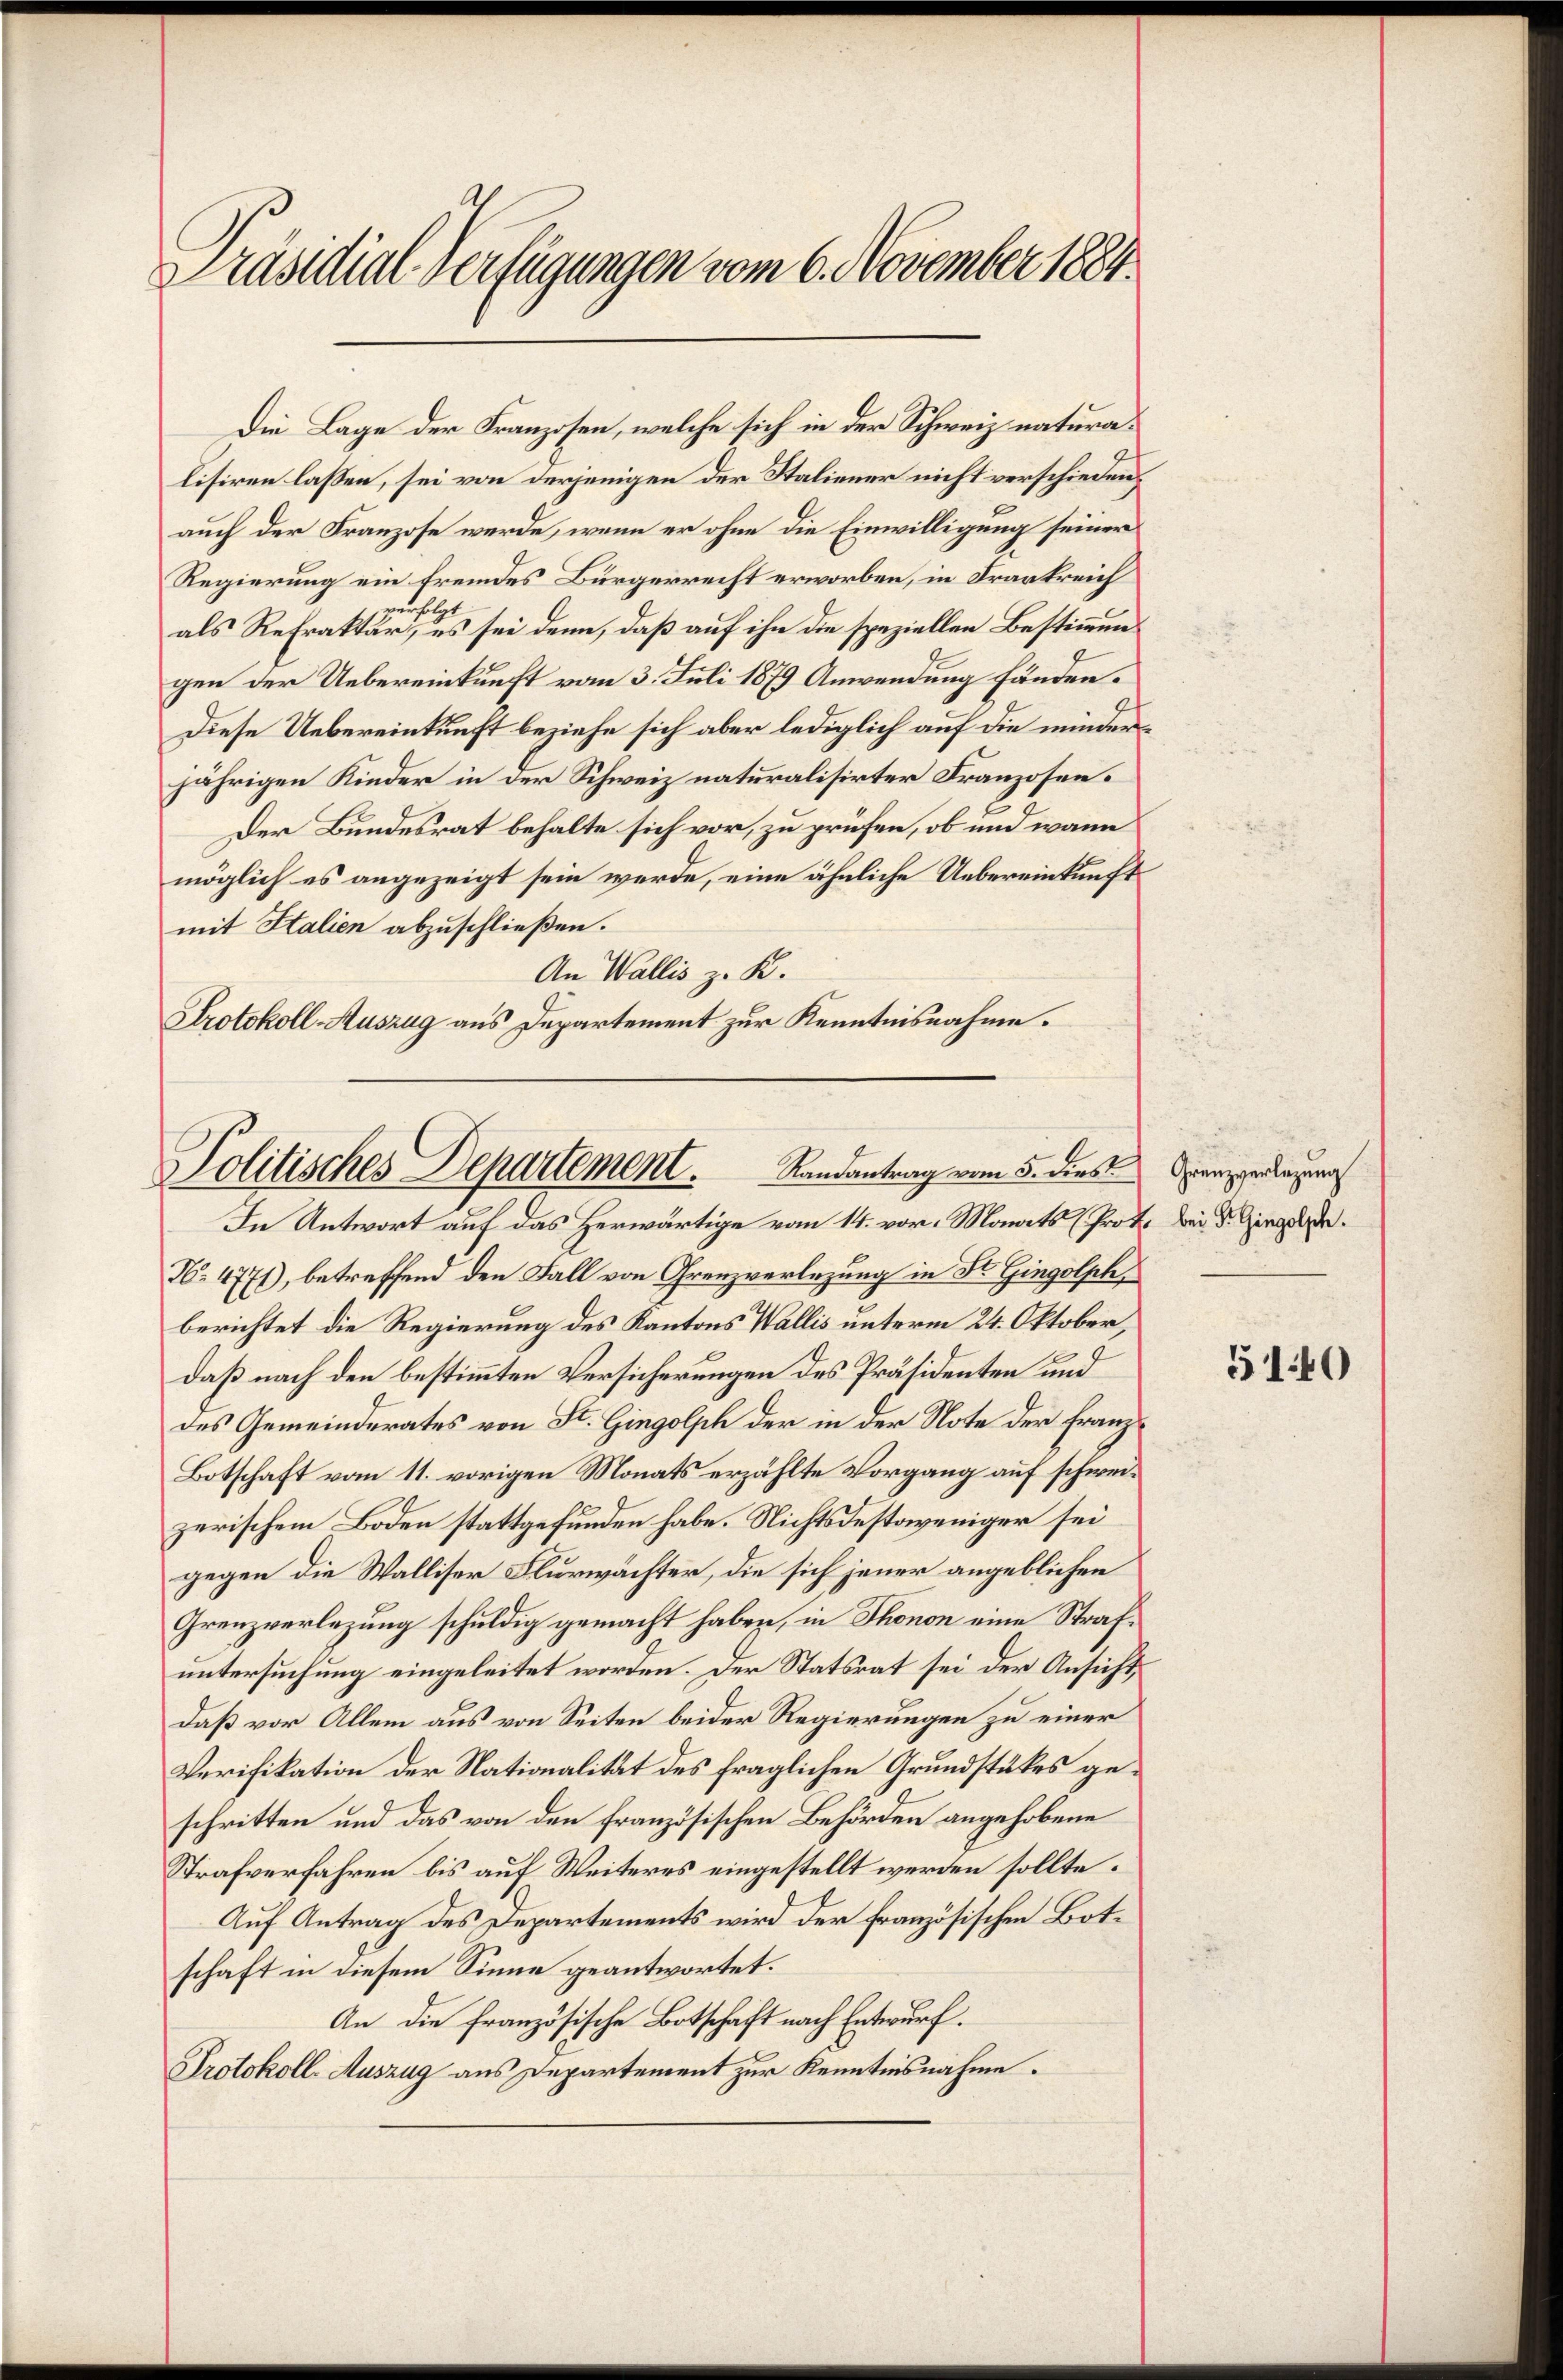
Präsidial-Verfügungen vom 6. November 1884.

lisiren lassen, sei von derjenigen der Staliener nicht verschieden
auch der Franzose werde, wenn er ohne die Einwilligung seiner
Regierung ein fremdes Bürgerrecht erworben, in Frankreich
uht
als Refraktär, es sei denn, daß auf ihn die speziellen Bestimmungen der Uebereinkunft vom 3. Juli 1879 Anwendung fänden.
Diese Uebereinkunft beziehe sich aber lediglich auf die minderjährigen Kinder in der Schweiz naturalisirter Franzosen¬
Der Bundesrat behalte sich vor, zu prüfen, ob und wann
möglich es angezeigt sein werde, eine ähnliche Uebereinkunft
mit Italien abzuschließen.
An Wallis z. K.
Protokoll-Auszug aus Departement zur Kenntnisnahme.

Die Lage der Franzosen, welche sich in der Schweiz natura¬

Politisches Departement. Randantrag vom 5. dies

In Antwort auf das Herwärtige vom 14. vor. Monats (Prot. bei Dr. Gingolde.
No. 4771), betreffend den Fall von Grenzverlegung in St. Gingolph,
berichtet die Regierung des Kantons Wallis unterm 24. Oktober,
daß nach den bestimmten Versicherungen des Präsidenten und
des Gemeinderates von St. Gingolph der in der Note der Franz¬
Botschaft vom 11. vorigen Monats erzählte Vorgang auf schweizerischem Boden stattgefunden habe. Nichtsdestoweniger sei
gegen die Walliser Flurwächter, die sich jener angeblichen
Grenzverlegung schuldig gemacht haben, in Thonon eine Strafuntersuchung eingeleitet worden. Der Statsrat sei der Ansicht,
daß vor Allem aus von Seiten beider Regierungen zu einer
Verifikation der Nationalität des fraglichen Grundstükes geschritten und das von den französischen Behörden angehobene
Strafverfahren bis auf Weiteres eingestellt werden sollte.
Auf Antrag des Departements wird der französischen Botschaft in diesem Sinne geantwortet.
An die französische Botschaft nach Entwurf.
Protokoll-Auszug aus Departement zur Kenntnisnahme.

Grenzverlegung

5140